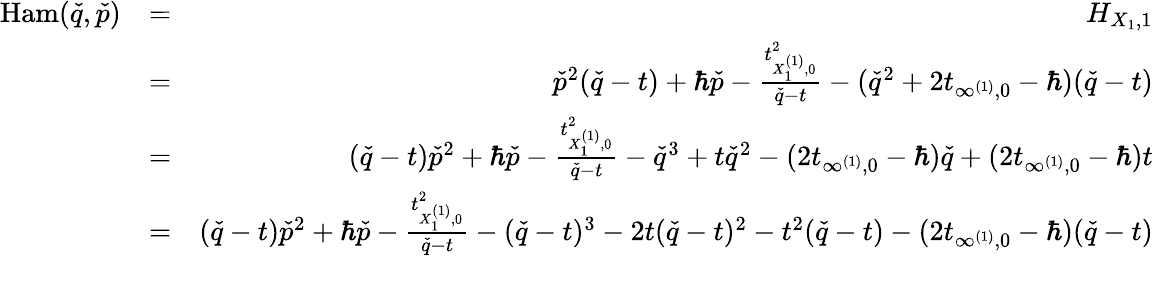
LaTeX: \begin{array}{rlr}{\mathrm{Ham}(\check{q},\check{p})}&{=}&{H_{X_{1},1}}\\ &{=}&{\check{p}^{2}(\check{q}-t)+\hbar\check{p}-\frac{t_{X_{1}^{(1)},0}^{2}}{\check{q}-t}-(\check{q}^{2}+2t_{\infty^{(1)},0}-\hbar)(\check{q}-t)}\\ &{=}&{(\check{q}-t)\check{p}^{2}+\hbar\check{p}-\frac{t_{X_{1}^{(1)},0}^{2}}{\check{q}-t}-\check{q}^{3}+t\check{q}^{2}-(2t_{\infty^{(1)},0}-\hbar)\check{q}+(2t_{\infty^{(1)},0}-\hbar)t}\\ &{=}&{(\check{q}-t)\check{p}^{2}+\hbar\check{p}-\frac{t_{X_{1}^{(1)},0}^{2}}{\check{q}-t}-(\check{q}-t)^{3}-2t(\check{q}-t)^{2}-t^{2}(\check{q}-t)-(2t_{\infty^{(1)},0}-\hbar)(\check{q}-t)}\\ &{}&\end{array}